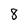
Character: 8